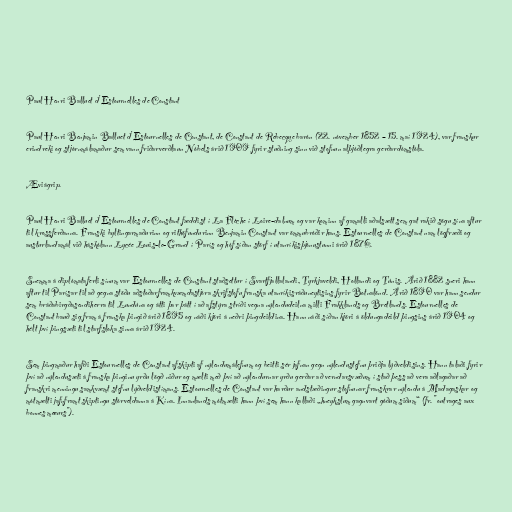
Paul Henri Balluet d'Estournelles de Constant

Paul Henri Benjamin Balluet d'Estournelles de Constant, de Constant de Rebecque barón (22. nóvember 1852 – 15. maí 1924), var franskur
erindreki og stjórnmálamaður sem vann friðarverðlaun Nóbels árið 1909 fyrir stuðning sinn við stofnun alþjóðlegra gerðardómstóla.

Æviágrip.

Paul Henri Balluet d'Estournelles de Constant fæddist í La Flèche í Loire-dalnum og var kominn af gamalli aðalsætt sem gat rakið sögu sína aftur
til krossferðanna. Franski byltingarmaðurinn og rithöfundurinn Benjamin Constant var ömmubróðir hans. Estournelles de Constant nam lögfræði og
austurlandamál við háskólann Lycée Louis-le-Grand í París og hóf síðan störf í utanríkisþjónustunni árið 1876.

Snemma á diplómataferli sínum var Estournelles de Constant staðsettur í Svartfjallalandi, Tyrkjaveldi, Hollandi og Túnis. Árið 1882 sneri hann
aftur til Parísar til að gegna stöðu aðstoðarframkvæmdastjóra skrifstofu franska utanríkisráðuneytisins fyrir Botnalönd. Árið 1890 var hann sendur
sem bráðabirgðasendiherra til Lundúna og átti þar þátt í að afstýra stríði vegna nýlendudeilna milli Frakklands og Bretlands. Estournelles de
Constant bauð sig fram á franska þingið árið 1895 og náði kjöri á neðri þingdeildina. Hann náði síðan kjöri á öldungadeild þingsins árið 1904 og
hélt því þingsæti til starfsloka sinna árið 1924.

Sem þingmaður hafði Estournelles de Constant afskipti af nýlendumálefnum og beitti sér jafnan gegn nýlendustefnu þriðja lýðveldisins. Hann talaði fyrir
því að nýlendusæti á franska þinginu yrðu lögð niður og mælti með því að nýlendurnar yrðu gerðar að verndarsvæðum í stað þess að vera aðlagaðar að
franskri menningu samkvæmt stefnu lýðveldistímans. Estournelles de Constant var harður andstæðingur stofnunar franskrar nýlendu á Madagaskar og
mótmælti jafnframt skiptingu stórveldanna á Kína. Innanlands mótmælti hann því sem hann kallaði „hneykslum gagnvart góðum siðum“ (fr. "outrages aux
bonnes mœurs").